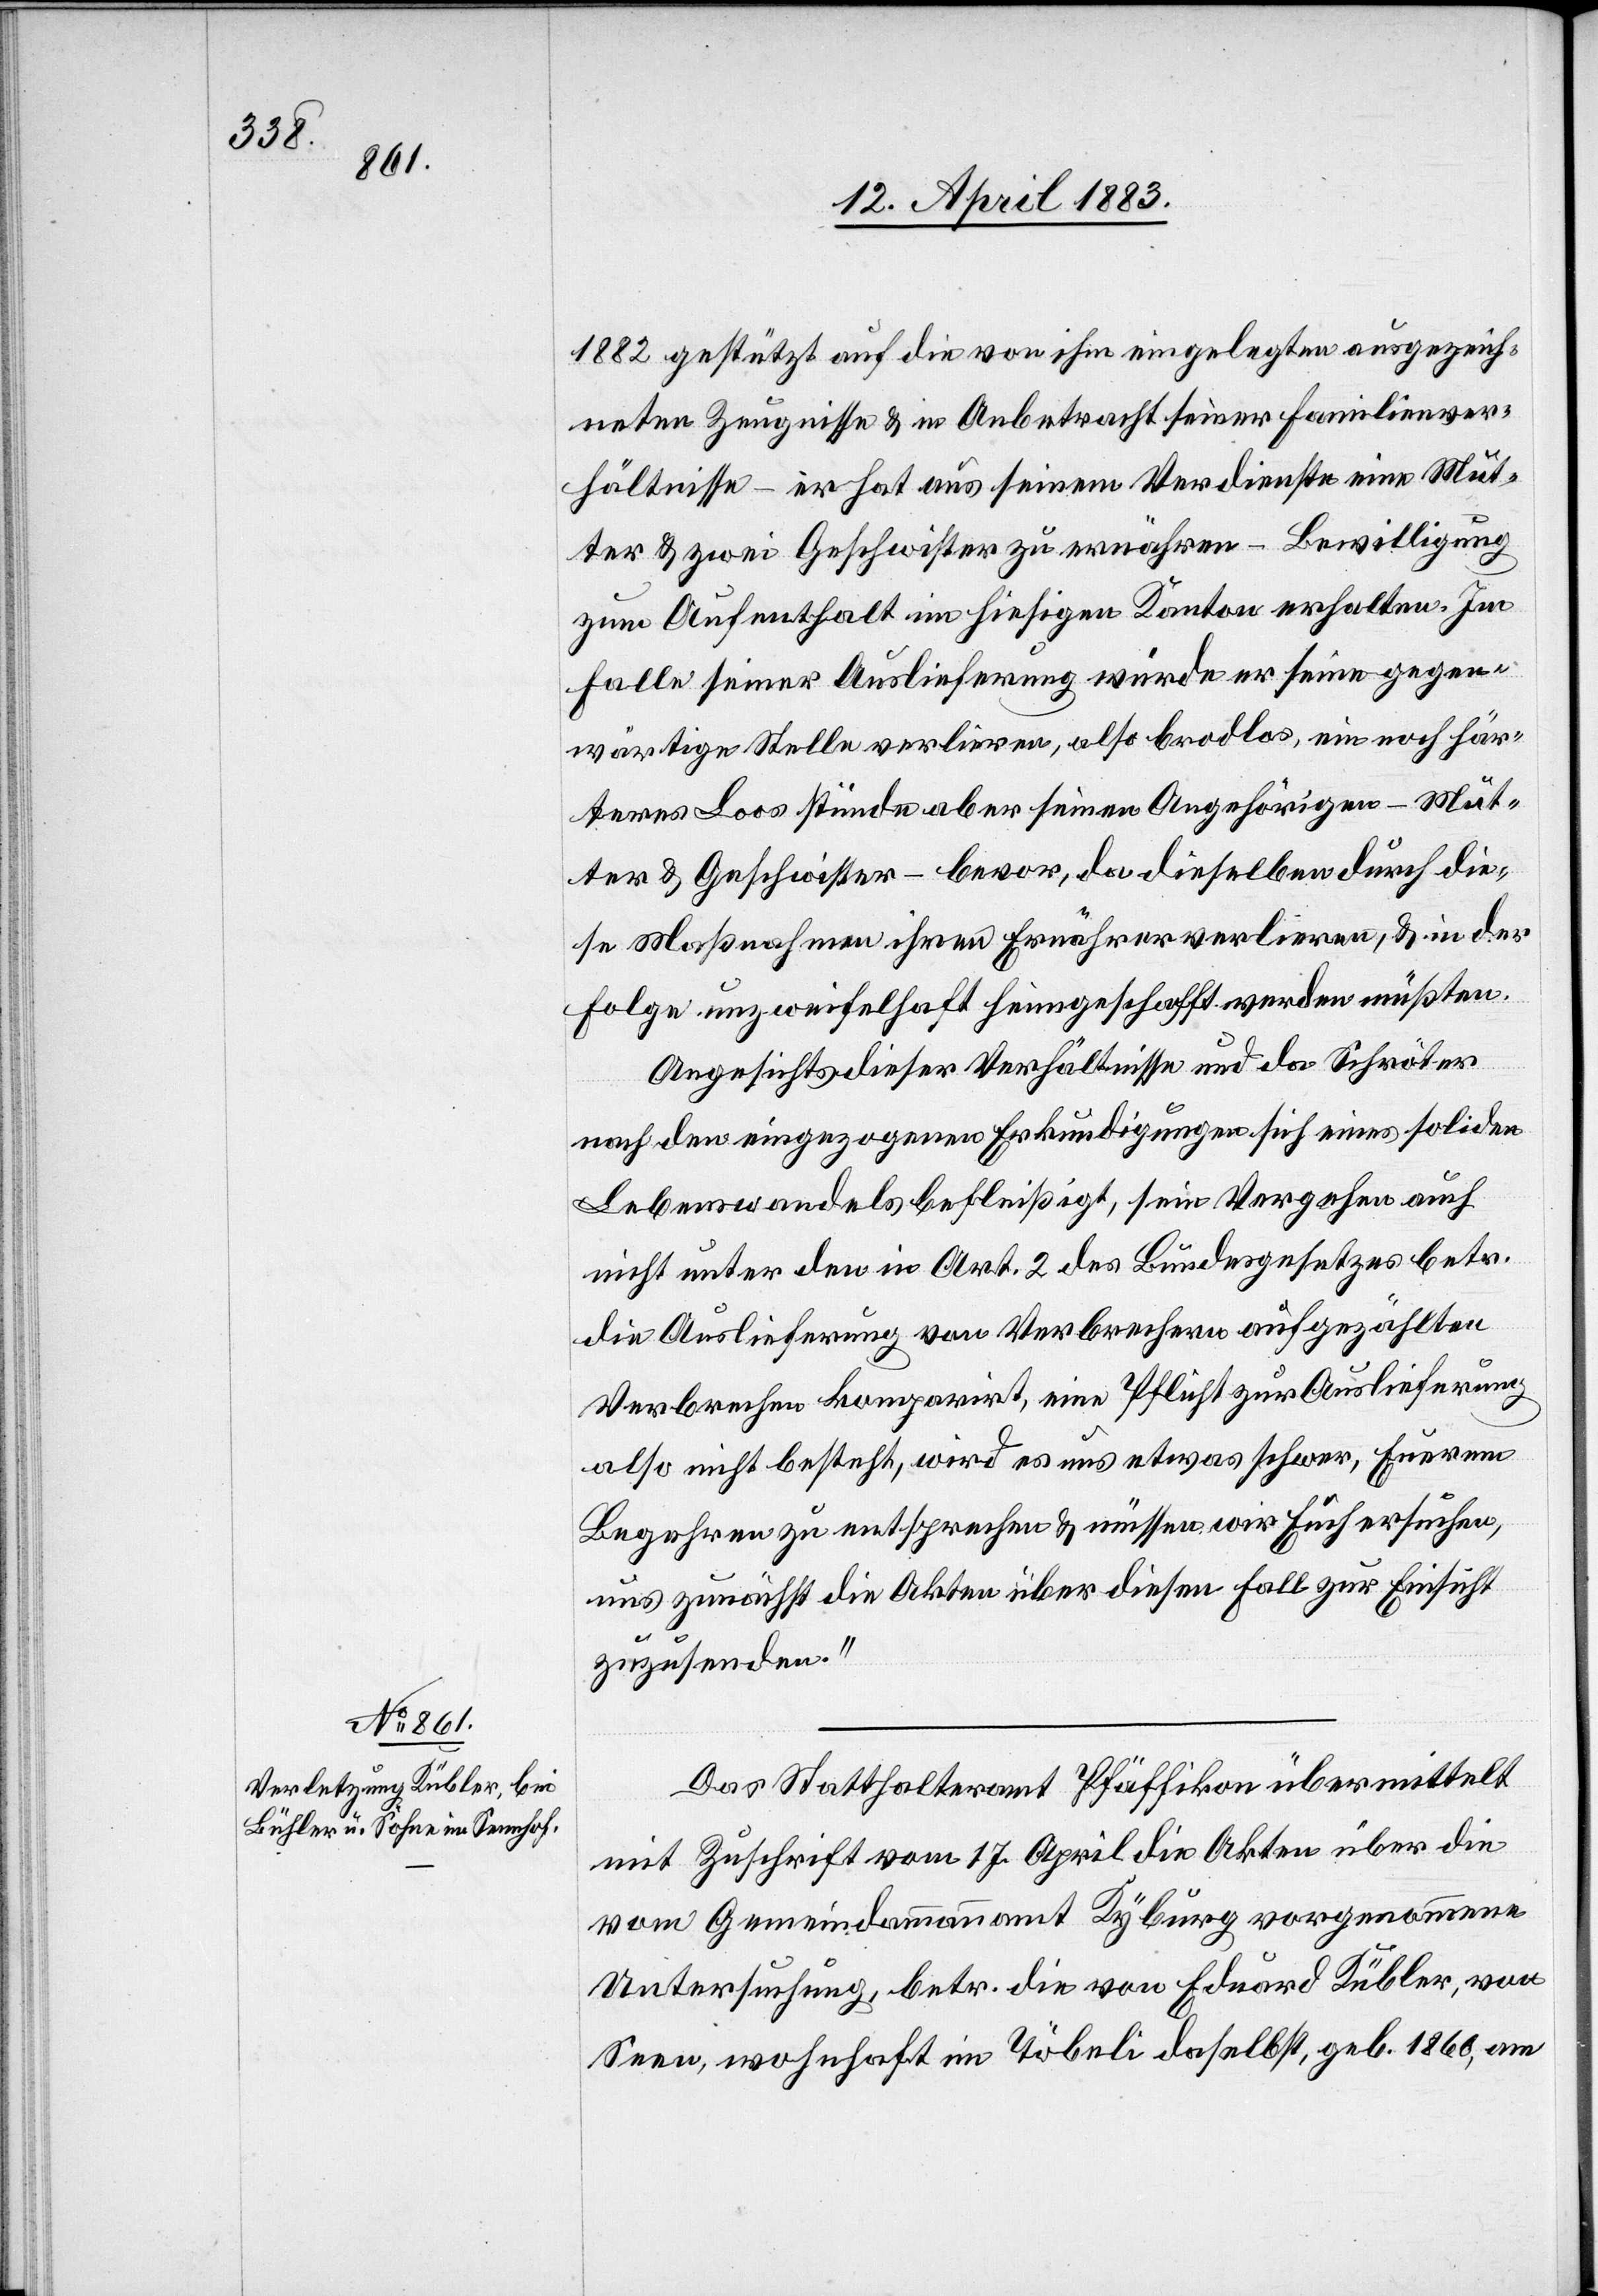
1882 gestützt auf die von ihm eingelegten ausgezeich¬
neten Zeugnisse & in Anbetracht seiner Familienver¬
hältnisse – er hat aus seinem Verdienste eine Mut¬
ter & zwei Geschwister zu ernähren – Bewilligung
zum Aufenthalt im hiesigen Kanton erhalten. Im
Falle seiner Auslieferung würde er seine gegen¬
wärtige Stelle verlieren, also brodlos, ein noch här¬
teres Loos stünde aber seinen Angehörigen – Mut¬
ter & Geschwister – bevor, da dieselben durch die¬
se Maßnahme ihren Ernährer verlieren, & in der
Folge unzweifelhaft heimgeschafft werden müßten.
Angesichts dieser Verhältnisse und da Schröter
nach den eingezogenen Erkundigungen sich eines soliden
Lebenswandels befleißigt, sein Vergehen auch
nicht unter den in Art. 2 des Bundesgesetzes betr.
die Auslieferung von Verbrechen aufgezählten
Verbrechen komparirt, eine Pflicht zur Auslieferung
also nicht besteht, wird es nur etwas schwer, Euerem
Begehren zu entsprechen & müssen wir Euch ersuchen,
uns zunächst die Akten über diesen Fall zur Einsicht
zuzusenden.“
Das Statthalteramt Pfäffikon übermittelt
mit Zuschrift vom 17. April die Akten über die
vom Gemeindammannamt Kyburg vorgenommene
Untersuchung, betr. die von Eduard Kübler, von
Seen, wohnhaft im Töbeli daselbst, geb. 1860, am